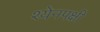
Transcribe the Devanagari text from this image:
श्येनपक्षी